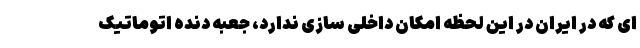
ای که در ایران در این لحظه امکان داخلی سازی ندارد، جعبه دنده اتوماتیک